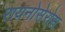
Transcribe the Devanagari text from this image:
रायनोसेरोस